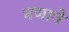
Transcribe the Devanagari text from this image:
घणाचे